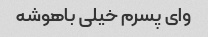
وای پسرم خیلی باهوشه